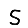
Digit: 5